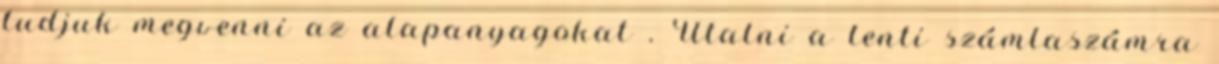
tudjuk megvenni az alapanyagokat . Utalni a lenti számlaszámra